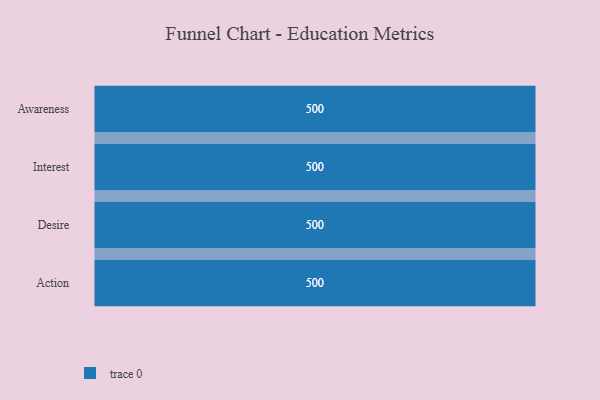
{"axis": {"x": "Stage", "y": "Value"}, "legend": [""], "data": [{"x": "Awareness", "y": 500, "type": ""}, {"x": "Interest", "y": 500, "type": ""}, {"x": "Desire", "y": 500, "type": ""}, {"x": "Action", "y": 500, "type": ""}]}